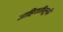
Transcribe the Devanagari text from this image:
जाहिरातींतूनही